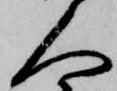
人